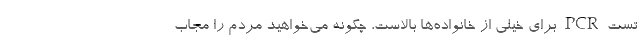
تست PCR برای خیلی از خانواده‌ها بالاست، چگونه می‌خواهید مردم را مجاب